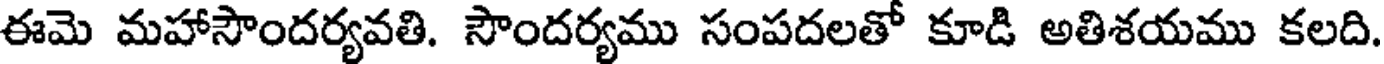
ఈమె మహాసౌందర్యవతి. సౌందర్యము సంపదలతో కూడి అతిశయము కలది